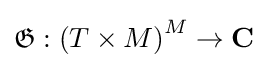
{\mathfrak {G}}:{{(T\times M)}^{M}}\to \mathbf {C}